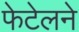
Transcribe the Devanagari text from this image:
फेटेलने